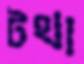
টথা